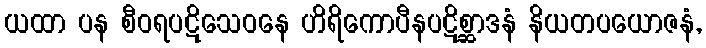
ယထာ ပန စီဝရပဋိသေဝနေ ဟိရိကောပီနပဋိစ္ဆာဒနံ နိယတပယောဇနံ,